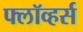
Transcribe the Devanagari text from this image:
फ्लॉव्हर्स